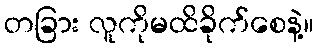
တခြား လူကိုမထိခိုက်စေနဲ့။